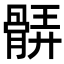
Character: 𩩖